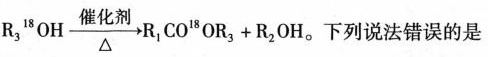
R _ { 3 } ^ { 1 8 } O H \longrightarrow { \Delta } R _ { 1 } C O ^ { 1 8 } O R _ { 3 } + R _ { 2 } O H$$。下列说法错误的是